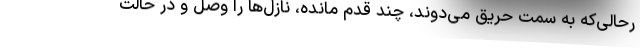
رحالی‌که به سمت حریق می‌دوند، چند قدم مانده، نازل‌ها را وصل و در حالت